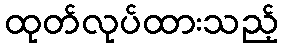
ထုတ်လုပ်ထားသည့်